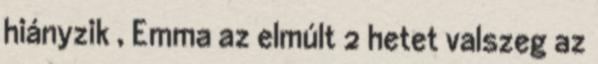
hiányzik , Emma az elmúlt 2 hetet valszeg az